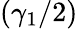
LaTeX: (\gamma_{1}/2)